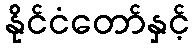
နိုင်ငံတော်နှင့်